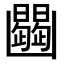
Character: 𠚠